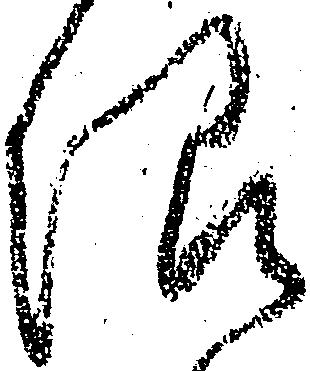
限